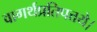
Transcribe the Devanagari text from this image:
वागर्थप्रतिपत्तये।